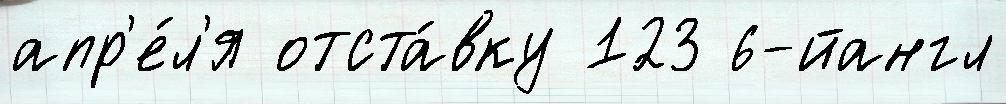
апр'е́л'я отста́вку 123 6-йангл